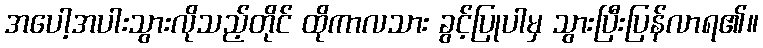
အပေါ့အပါးသွားလိုသည့်တိုင် ထိုကာလသား ခွင့်ပြုပါမှ သွားပြီးပြန်လာရ၏။